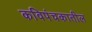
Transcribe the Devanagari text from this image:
कविपंचकातील